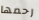
رحمها